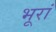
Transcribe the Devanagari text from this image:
भूरां